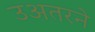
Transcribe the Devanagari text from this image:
उअतरने